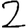
Digit: 2